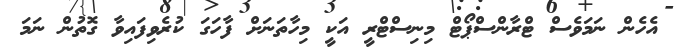
އެހެން ނަމަވެސް ޓްރާންސްޕޯޓް މިނިސްޓްރީ އަކީ މިހާތަނަށް ފާހަގަ ކުރެވިފައިވާ ގޮތުން ނަމަ